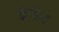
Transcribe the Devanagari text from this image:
ब्रेन्डेन